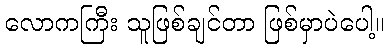
လောကကြီး သူဖြစ်ချင်တာ ဖြစ်မှာပဲပေါ့။